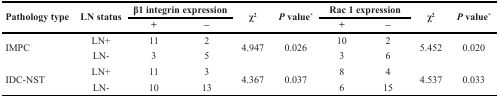
| <ROWSPAN=2> Pathology type | <ROWSPAN=2> LN status | <COLSPAN=2> β1 integrin expression | <ROWSPAN=2> χ2 | <ROWSPAN=2> P value* | <COLSPAN=2> Rac 1 expression | <ROWSPAN=2> χ2 | <ROWSPAN=2> P value* |
 | + | – | + | – |
 | --- | --- | --- | --- | --- | --- | --- | --- | --- | --- |
 | <ROWSPAN=2> IMPC | LN+ | 11 | 2 | <ROWSPAN=2> 4.947 | <ROWSPAN=2> 0.026 | 10 | 2 | <ROWSPAN=2> 5.452 | <ROWSPAN=2> 0.020 |
 | LN− | 3 | 5 | 3 | 6 |
 | <ROWSPAN=2> IDC-NST | LN+ | 11 | 3 | <ROWSPAN=2> 4.367 | <ROWSPAN=2> 0.037 | 8 | 4 | <ROWSPAN=2> 4.537 | <ROWSPAN=2> 0.033 |
 | LN− | 10 | 13 | 6 | 15 |